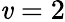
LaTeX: \mathit{v}=2